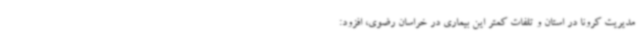
مدیریت کرونا در استان و تلفات کمتر این بیماری در خراسان رضوی، افزود: